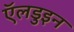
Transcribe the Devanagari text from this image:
ऍलडुइन